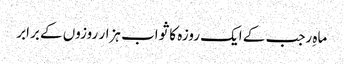
ماہِ رجب کے ایک روزہ کا ثواب ہزار روزوں کے برابر